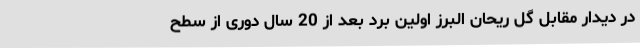
در دیدار مقابل گل ریحان البرز اولین برد بعد از 20 سال دوری از سطح